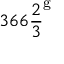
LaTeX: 3 6 6 { \frac { 2 } { 3 } } ^ { \mathrm { g } }